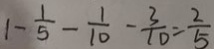
1 - \frac { 1 } { 5 } - \frac { 1 } { 1 0 } - \frac { 3 } { 1 0 } = \frac { 2 } { 5 }